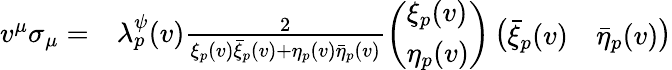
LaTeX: \begin{array}{rl}{v^{\mu}\sigma_{\mu}=}&{\lambda_{p}^{\psi}(v)\frac{2}{\xi_{p}(v)\bar{\xi}_{p}(v)+\eta_{p}(v)\bar{\eta}_{p}(v)}\left(\begin{array}{l}{\xi_{p}(v)}\\ {\eta_{p}(v)}\end{array}\right)\left(\begin{array}{ll}{\bar{\xi}_{p}(v)}&{\bar{\eta}_{p}(v)}\end{array}\right)}\end{array}